Cholera in India, 1862 to 1881
Year: 1862
Disease focus: Cholera
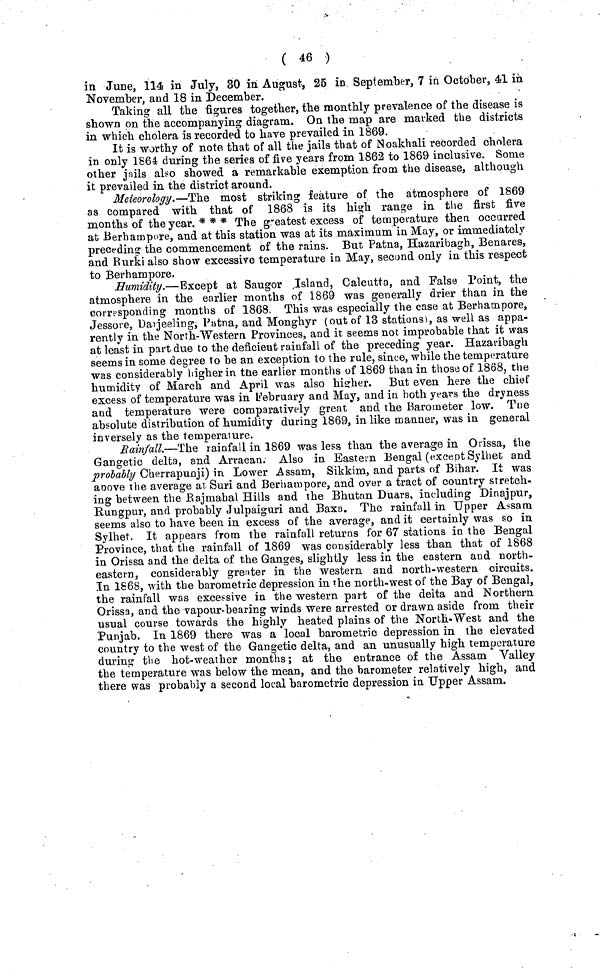
( 46 )
in June, 114 in July, 30 in August, 25 in September, 7 in October, 41 in
November, and 18 in December.
Taking all the figures together, the monthly prevalence of the disease is
shown on the accompanying diagram. On the map are marked the districts
in which cholera is recorded to have prevailed in 1869.
It is worthy of note that of all the jails that of Noakhali recorded cholera
in only 1864 during the series of five years from 1862 to 1869 inclusive. Some
other jails also showed a remarkable exemption from the disease, although
it prevailed in the district around.
Meteorology.—The most striking feature of the atmosphere of 1869
as compared with that of 1868 is its high range in the first five
months of the year. * * * The greatest excess of temperature then occurred
at Berhampore, and at this station was at its maximum in May, or immediately
preceding the commencement of the rains. But Patna, Hazaribagh, Benares,
and Rurki also show excessive temperature in May, second only in this respect
to Berhampore.
Humidity.—Except at Saugor Island, Calcutta, and False Point, the
atmosphere in the earlier months of 1869 was generally drier than in the
corresponding months of 1868. This was especially the case at Berhampore,
Jessore, Darjeeling, Patna, and Monghyr (out of 13 stations), as well as appa-
rently in the North-Western Provinces, and it seems not improbable that it was
at least in part due to the deficient rainfall of the preceding year. Hazaribagh
seems in some degree to be an exception to the rule, since, while the temperature
was considerably higher in the earlier months of 1869 than in those of 1868, the
humidity of March and April was also higher. But even here the chief
excess of temperature was in February and May, and in both years the dry ness
and temperature were comparatively great and the Barometer low. The
absolute distribution of humidity during 1869, in like manner, was in general
inversely as the temperature.
Rainfall.—The rainfall in 1869 was less than the average in Orissa, the
Gangetic delta, and Arracan. Also in Eastern Bengal (except Sylhet and
probably Cherrapunji) in Lower Assam, Sikkim, and parts of Bihar. It was
above the average at Suri and Berhampore, and over a tract of country stretch-
ing between the Rajmahal Hills and the Bhutan Duars, including Dinajpur,
Rungpur, and probably Julpaiguri and Baxa. The rainfall in Upper Assam
seems also to have been in excess of the average, and it certainly was so in
Sylhet. It appears from the rainfall returns for 67 stations in the Bengal
Province, that the rainfall of 1869 was considerably less than that of 1868
in Orissa and the delta of the Ganges, slightly less in the eastern and north-
eastern, considerably greater in the western and north-western circuits.
In 1868, with the barometric depression in the north-west of the Bay of Bengal,
the rainfall was excessive in the western part of the delta and Northern
Orissa, and the vapour-bearing winds were arrested or drawn aside from their
usual course towards the highly heated plains of the North-West and the
Punjab. In 1869 there was a local barometric depression in the elevated
country to the west of the Gangetic delta, and an unusually high temperature
during the hot-weather months; at the entrance of the Assam Valley
the temperature was below the mean, and the barometer relatively high, and
there was probably a second local barometric depression in Upper Assam.